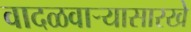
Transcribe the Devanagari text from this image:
वादळवाऱ्यासारखे